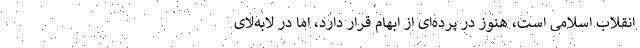
انقلاب اسلامی است، هنوز در پرده‌ای از ابهام قرار دارد، اما در لابه‌لای